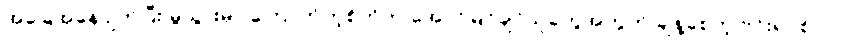
အခြေအနေပျက်ပြီး မွဲသွားမှာ ကြောက်တဲ့စိတ်က အောင်မြင်ချင်သူတွေအတွက် ချိနဲ့စေတဲ့ ဗိုင်းရပ်စ်ပါပဲ။